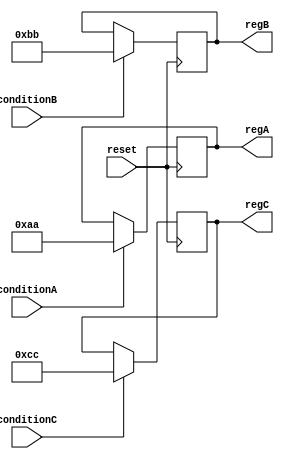
module ConditionalInitialization (
    input wire reset,            // Reset signal (active high)
    input wire conditionA,       // Condition signal A
    input wire conditionB,       // Condition signal B
    input wire conditionC,       // Condition signal C
    output reg [7:0] regA,       // Register A
    output reg [7:0] regB,       // Register B
    output reg [7:0] regC        // Register C
);

    // Predefined initialization values
    parameter INIT_VALUE_A = 8'hAA; // Example initialization value for regA
    parameter INIT_VALUE_B = 8'hBB; // Example initialization value for regB
    parameter INIT_VALUE_C = 8'hCC; // Example initialization value for regC

    // Behavioral modeling for conditional initialization
    always @(posedge reset) begin
        // Conditional initialization based on input conditions
        if (conditionA) begin
            regA <= INIT_VALUE_A; // Initialize regA if conditionA is true
        end
        
        if (conditionB) begin
            regB <= INIT_VALUE_B; // Initialize regB if conditionB is true
        end
        
        if (conditionC) begin
            regC <= INIT_VALUE_C; // Initialize regC if conditionC is true
        end
    end

    // Retain previous values if no conditions are met
    always @(posedge reset or negedge reset) begin
        if (!reset) begin
            // Optionally handle de-assertion of reset if needed
        end
    end

endmodule